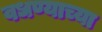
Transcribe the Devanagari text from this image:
वधण्याच्या